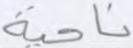
ناحية